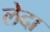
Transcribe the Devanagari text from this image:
लेदा